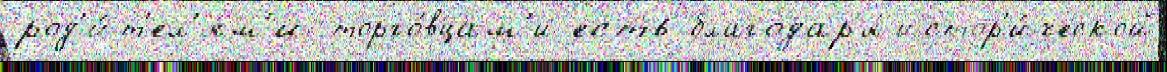
род'и́т'ел'ям'и-торго́вцам'и есть благодар'я́ истор'и́ческой